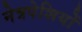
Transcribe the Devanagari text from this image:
नेत्रपेशियों